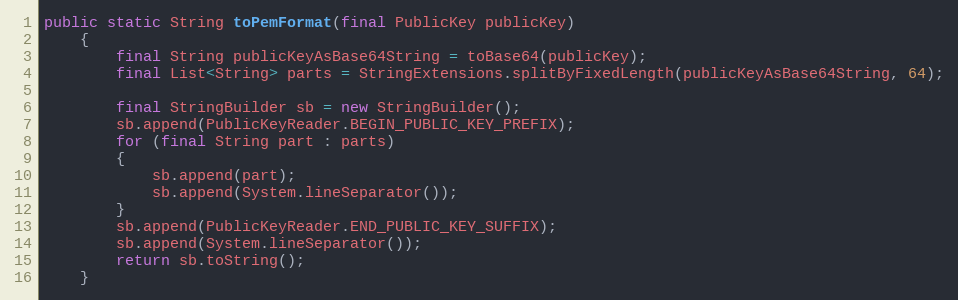
Language: Java
public static String toPemFormat(final PublicKey publicKey)
	{
		final String publicKeyAsBase64String = toBase64(publicKey);
		final List<String> parts = StringExtensions.splitByFixedLength(publicKeyAsBase64String, 64);

		final StringBuilder sb = new StringBuilder();
		sb.append(PublicKeyReader.BEGIN_PUBLIC_KEY_PREFIX);
		for (final String part : parts)
		{
			sb.append(part);
			sb.append(System.lineSeparator());
		}
		sb.append(PublicKeyReader.END_PUBLIC_KEY_SUFFIX);
		sb.append(System.lineSeparator());
		return sb.toString();
	}